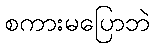
စကားမပြောဘဲ